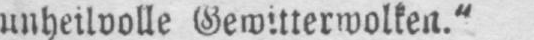
unheilvolle Gewitterwolken.“